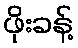
ဖိုးခန့်